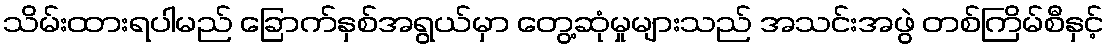
သိမ်းထားရပါမည် ခြောက်နှစ်အရွယ်မှာ တွေ့ဆုံမှုများသည် အသင်းအဖွဲ တစ်ကြိမ်စီနှင့်